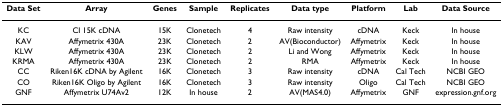
<table><thead><tr><td><b>Data Set</b></td><td><b>Array</b></td><td><b>Genes</b></td><td><b>Sample</b></td><td><b>Replicates</b></td><td><b>Data type</b></td><td><b>Platform</b></td><td><b>Lab</b></td><td><b>Data Source</b></td></tr></thead><tbody><tr><td>KC</td><td>CI 15K cDNA</td><td>15K</td><td>Clonetech</td><td>4</td><td>Raw intensity</td><td>cDNA</td><td>Keck</td><td>In house</td></tr><tr><td>KAV</td><td>Affymetrix 430A</td><td>23K</td><td>Clonetech</td><td>2</td><td>AV(Bioconductor)</td><td>Affymetrix</td><td>Keck</td><td>In house</td></tr><tr><td>KLW</td><td>Affymetrix 430A</td><td>23K</td><td>Clonetech</td><td>2</td><td>Li and Wong</td><td>Affymetrix</td><td>Keck</td><td>In house</td></tr><tr><td>KRMA</td><td>Affymetrix 430A</td><td>23K</td><td>Clonetech</td><td>2</td><td>RMA</td><td>Affymetrix</td><td>Keck</td><td>In house</td></tr><tr><td>CC</td><td>Riken16K cDNA by Agilent</td><td>16K</td><td>Clonetech</td><td>3</td><td>Raw intensity</td><td>cDNA</td><td>Cal Tech</td><td>NCBI GEO</td></tr><tr><td>CO</td><td>Riken16K Oligo by Agilent</td><td>16K</td><td>Clonetech</td><td>3</td><td>Raw intensity</td><td>Oligo</td><td>Cal Tech</td><td>NCBI GEO</td></tr><tr><td>GNF</td><td>Affymetrix U74Av2</td><td>12K</td><td>In house</td><td>2</td><td>AV(MAS4.0)</td><td>Affymetrix</td><td>GNF</td><td>expression.gnf.org</td></tr></tbody></table>